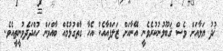
ޚުދު ޔަލާއަށް ވެސް ޤަބޫލުނުކުރެވެނީ އޭނާއަށް ޒަލަފްއާއެކު އެހާ ގާތްގުޅުމެއް ބާއްވަން ހުއްދަދެވުނީތީއެވެ.